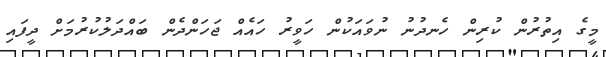
މީގެ އިތުރުން ކުރިން ހެނދުނު ނުވައަކުން ހަވީރު ހައެއް ޖަހަންދެން ބައްދަލުކުރުމަށް ދީފައި